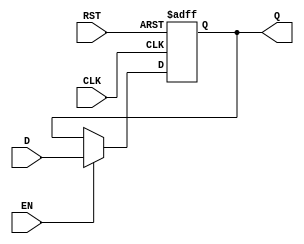
module IntermediateRegister #(
    parameter WIDTH = 8  // Parameterized width of the register
)(
    input wire [WIDTH-1:0] D,    // Data input
    input wire CLK,               // Clock input
    input wire RST,               // Asynchronous reset
    input wire EN,                // Enable signal (optional)
    output reg [WIDTH-1:0] Q      // Data output
);

    // Asynchronous reset and clock edge behavior
    always @(posedge CLK or posedge RST) begin
        if (RST) begin
            Q <= {WIDTH{1'b0}};     // Reset output to 0
        end else if (EN) begin
            Q <= D;                 // Capture data on clock edge if enabled
        end
    end

endmodule